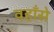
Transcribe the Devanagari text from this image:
वहाँसे